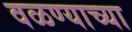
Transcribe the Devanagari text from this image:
वळण्याच्या